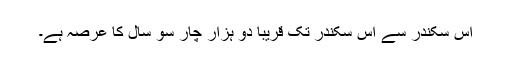
اس سکندر سے اس سکندر تک قریبا دو ہزار چار سو سال کا عرصہ ہے۔